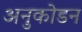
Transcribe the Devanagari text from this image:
अनुकोडन